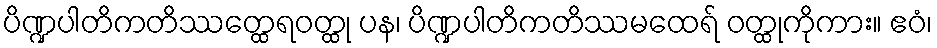
ပိဏ္ဍပါတိကတိဿတ္ထေရဝတ္ထု ပန၊ ပိဏ္ဍပါတိကတိဿမထေရ် ဝတ္ထုကိုကား။ ဧဝံ၊